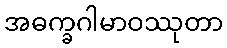
အဓက္ခဂါမာဝဿုတာ